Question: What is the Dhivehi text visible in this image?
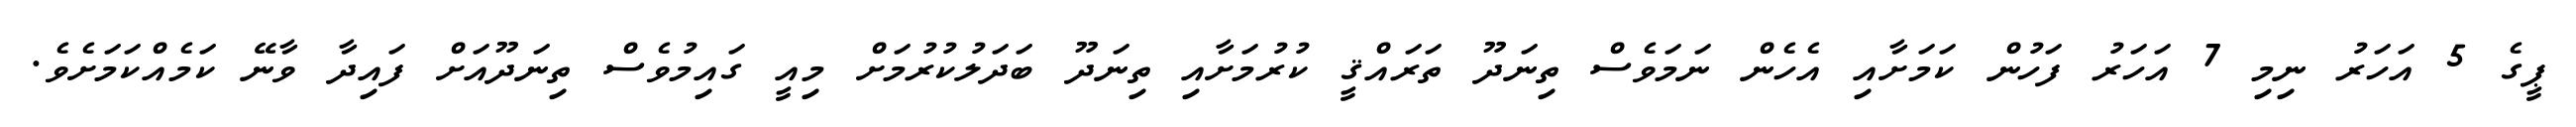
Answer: ޕީގެ 5 އަހަރު ނިމި 7 އަހަރު ފަހުން ކަމަށާއި އެހެން ނަމަވެސް ތިނަދޫ ތަރައްޤީ ކުރުމަށާއި ތިނަދޫ ބަދަލުކުރުމަށް މިއީ ގައިމުވެސް ތިނަދޫއަށް ފައިދާ ވާނޭ ކަމެއްކަމަށެވެ.